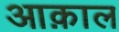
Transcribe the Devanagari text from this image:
आक़ाल